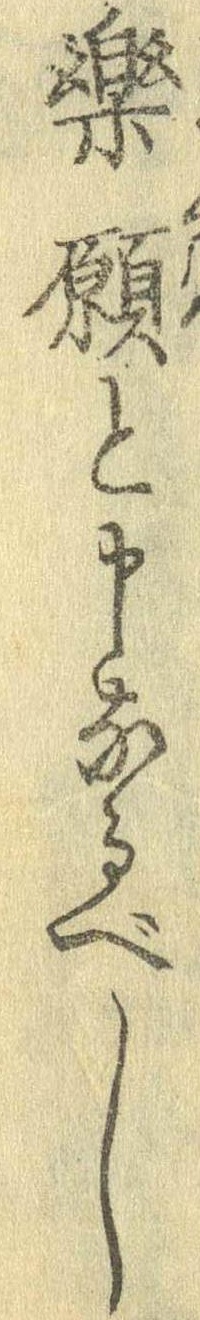
楽願と申なるべし